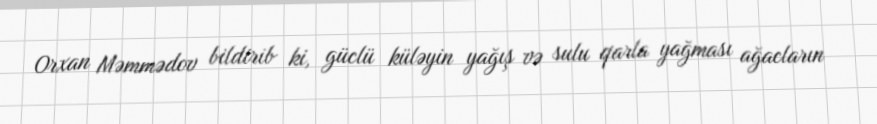
Orxan Məmmədov bildirib ki, güclü küləyin yağış və sulu qarla yağması ağacların